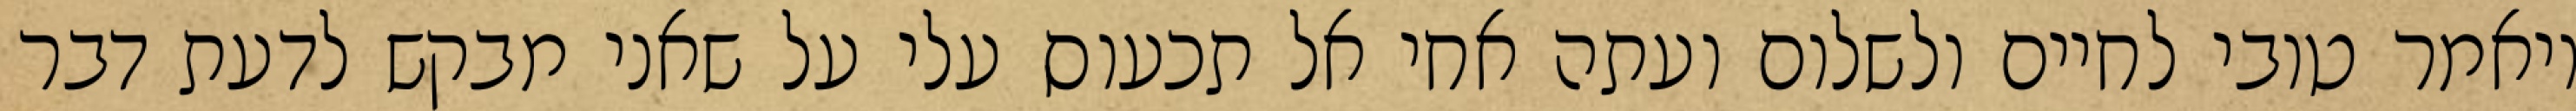
ויאמר טובי לחיים ולשלום ועתה אחי אל תכעוס עלי על שאני מבקש לדעת דבר